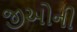
જીઓની